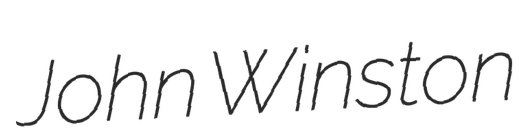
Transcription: John Winston